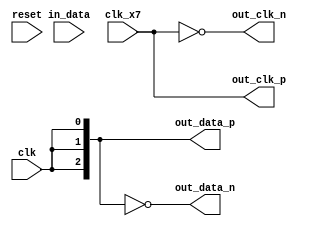
`timescale			1ns / 1ps
`default_nettype	none



module serdes_output_to_fin1216
		#(
			parameter	N = 3
		)
		(
			input	wire				reset,
			input	wire				clk,
			input	wire				clk_x7,
			
			input	wire	[N*7-1:0]	in_data,
			
			output	wire				out_clk_p,
			output	wire				out_clk_n,
			output	wire	[N-1:0]		out_data_p,
			output	wire	[N-1:0]		out_data_n
		);
	
	assign out_clk_p = clk_x7;
	assign out_clk_n = ~clk_x7;
	assign out_data_p = {N{clk}};
	assign out_data_n = ~{N{clk}};
	
endmodule


`default_nettype	wire


// end of file